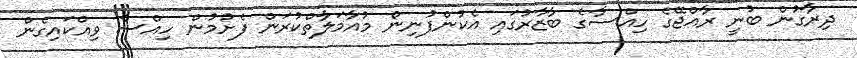
ދިރާގުން ބުނީ ރާއްޖޭގެ ހިއްސާގެ ބާޒާރުގައި އެކުންފުނިން މުއާމަލާތްކުރަން ފެށުމުން ހިއްސާ ވިއްކައިގެން